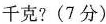
千克?(7分)